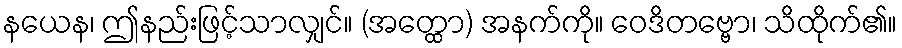
နယေန၊ ဤနည်းဖြင့်သာလျှင်။ (အတ္ထော) အနက်ကို။ ဝေဒိတဗ္ဗော၊ သိထိုက်၏။